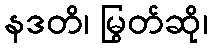
နဒတိ၊ မြွတ်ဆို၊